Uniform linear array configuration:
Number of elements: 16
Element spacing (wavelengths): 0.5
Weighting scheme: blackman
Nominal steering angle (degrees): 60
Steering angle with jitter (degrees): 61.456
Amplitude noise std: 0.05
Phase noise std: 0.05

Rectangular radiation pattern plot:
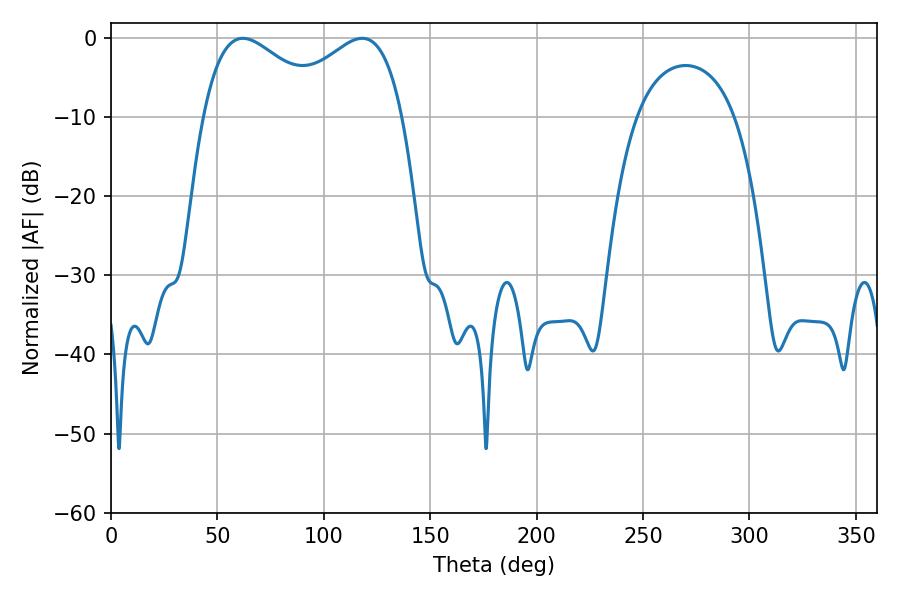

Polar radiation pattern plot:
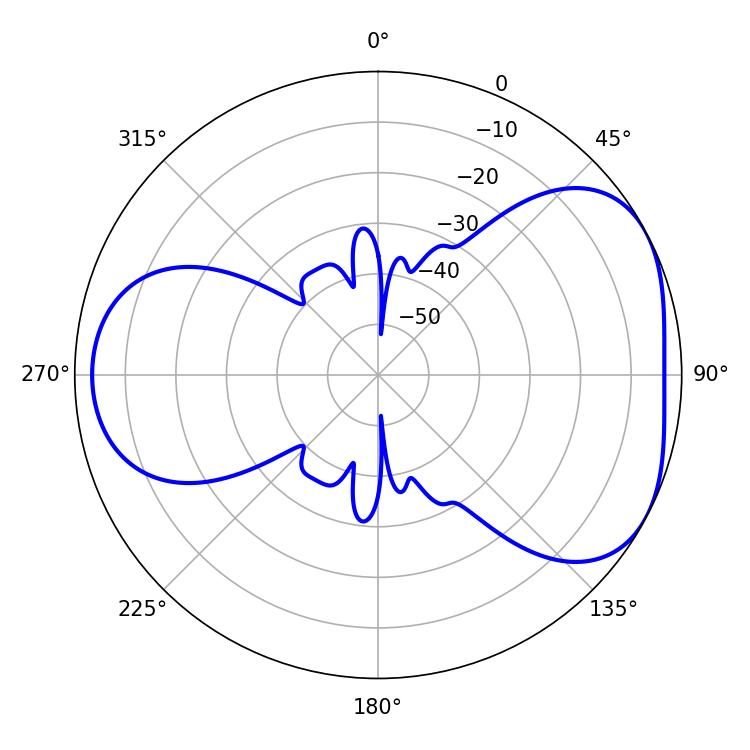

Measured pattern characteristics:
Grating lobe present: FALSE
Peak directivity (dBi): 4.512
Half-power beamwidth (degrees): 32.22
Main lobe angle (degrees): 61.92